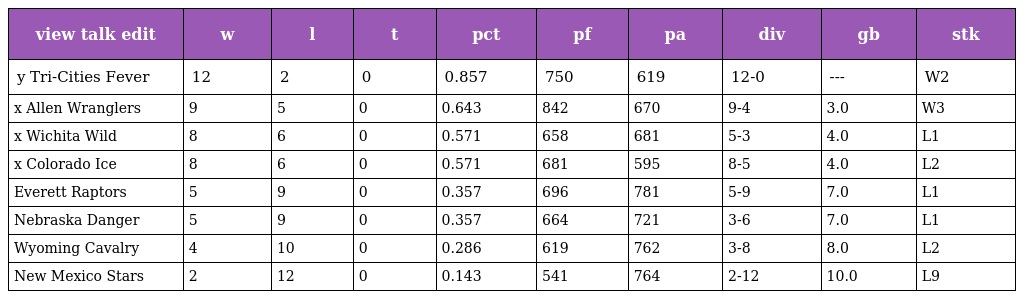
| view talk edit | w | l | t | pct | pf | pa | div | gb | stk |
 | --- | --- | --- | --- | --- | --- | --- | --- | --- | --- |
 | y Tri-Cities Fever | 12 | 2 | 0 | 0.857 | 750 | 619 | 12-0 | --- | W2 |
 | x Allen Wranglers | 9 | 5 | 0 | 0.643 | 842 | 670 | 9-4 | 3.0 | W3 |
 | x Wichita Wild | 8 | 6 | 0 | 0.571 | 658 | 681 | 5-3 | 4.0 | L1 |
 | x Colorado Ice | 8 | 6 | 0 | 0.571 | 681 | 595 | 8-5 | 4.0 | L2 |
 | Everett Raptors | 5 | 9 | 0 | 0.357 | 696 | 781 | 5-9 | 7.0 | L1 |
 | Nebraska Danger | 5 | 9 | 0 | 0.357 | 664 | 721 | 3-6 | 7.0 | L1 |
 | Wyoming Cavalry | 4 | 10 | 0 | 0.286 | 619 | 762 | 3-8 | 8.0 | L2 |
 | New Mexico Stars | 2 | 12 | 0 | 0.143 | 541 | 764 | 2-12 | 10.0 | L9 |